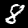
Label: 8